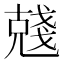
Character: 𠒲